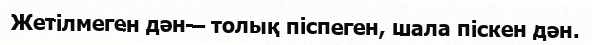
Жетілмеген дән— толық піспеген, шала піскен дән.